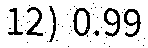
12) 0.99